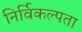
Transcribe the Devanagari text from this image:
निर्विकल्पता